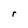
Character: r